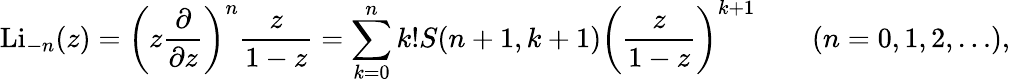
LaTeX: \operatorname{Li}_{-n}(z)=\left(z{\frac{\partial}{\partial z}}\right)^{n}{\frac{z}{1-z}}=\sum_{k=0}^{n}k!S(n+1,k+1)\left({\frac{z}{1-z}}\right)^{k+1}\qquad(n=0,1,2,\ldots),